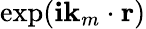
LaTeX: \exp(\mathbf{i}\mathbf{{k}}_{m}\cdot\mathbf{{r}})